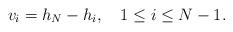
LaTeX: \begin{align*}v_{i}=h_{N}-h_{i},\quad 1\leq i\leq N-1.\end{align*}